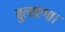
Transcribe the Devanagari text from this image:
बुलाएगा।